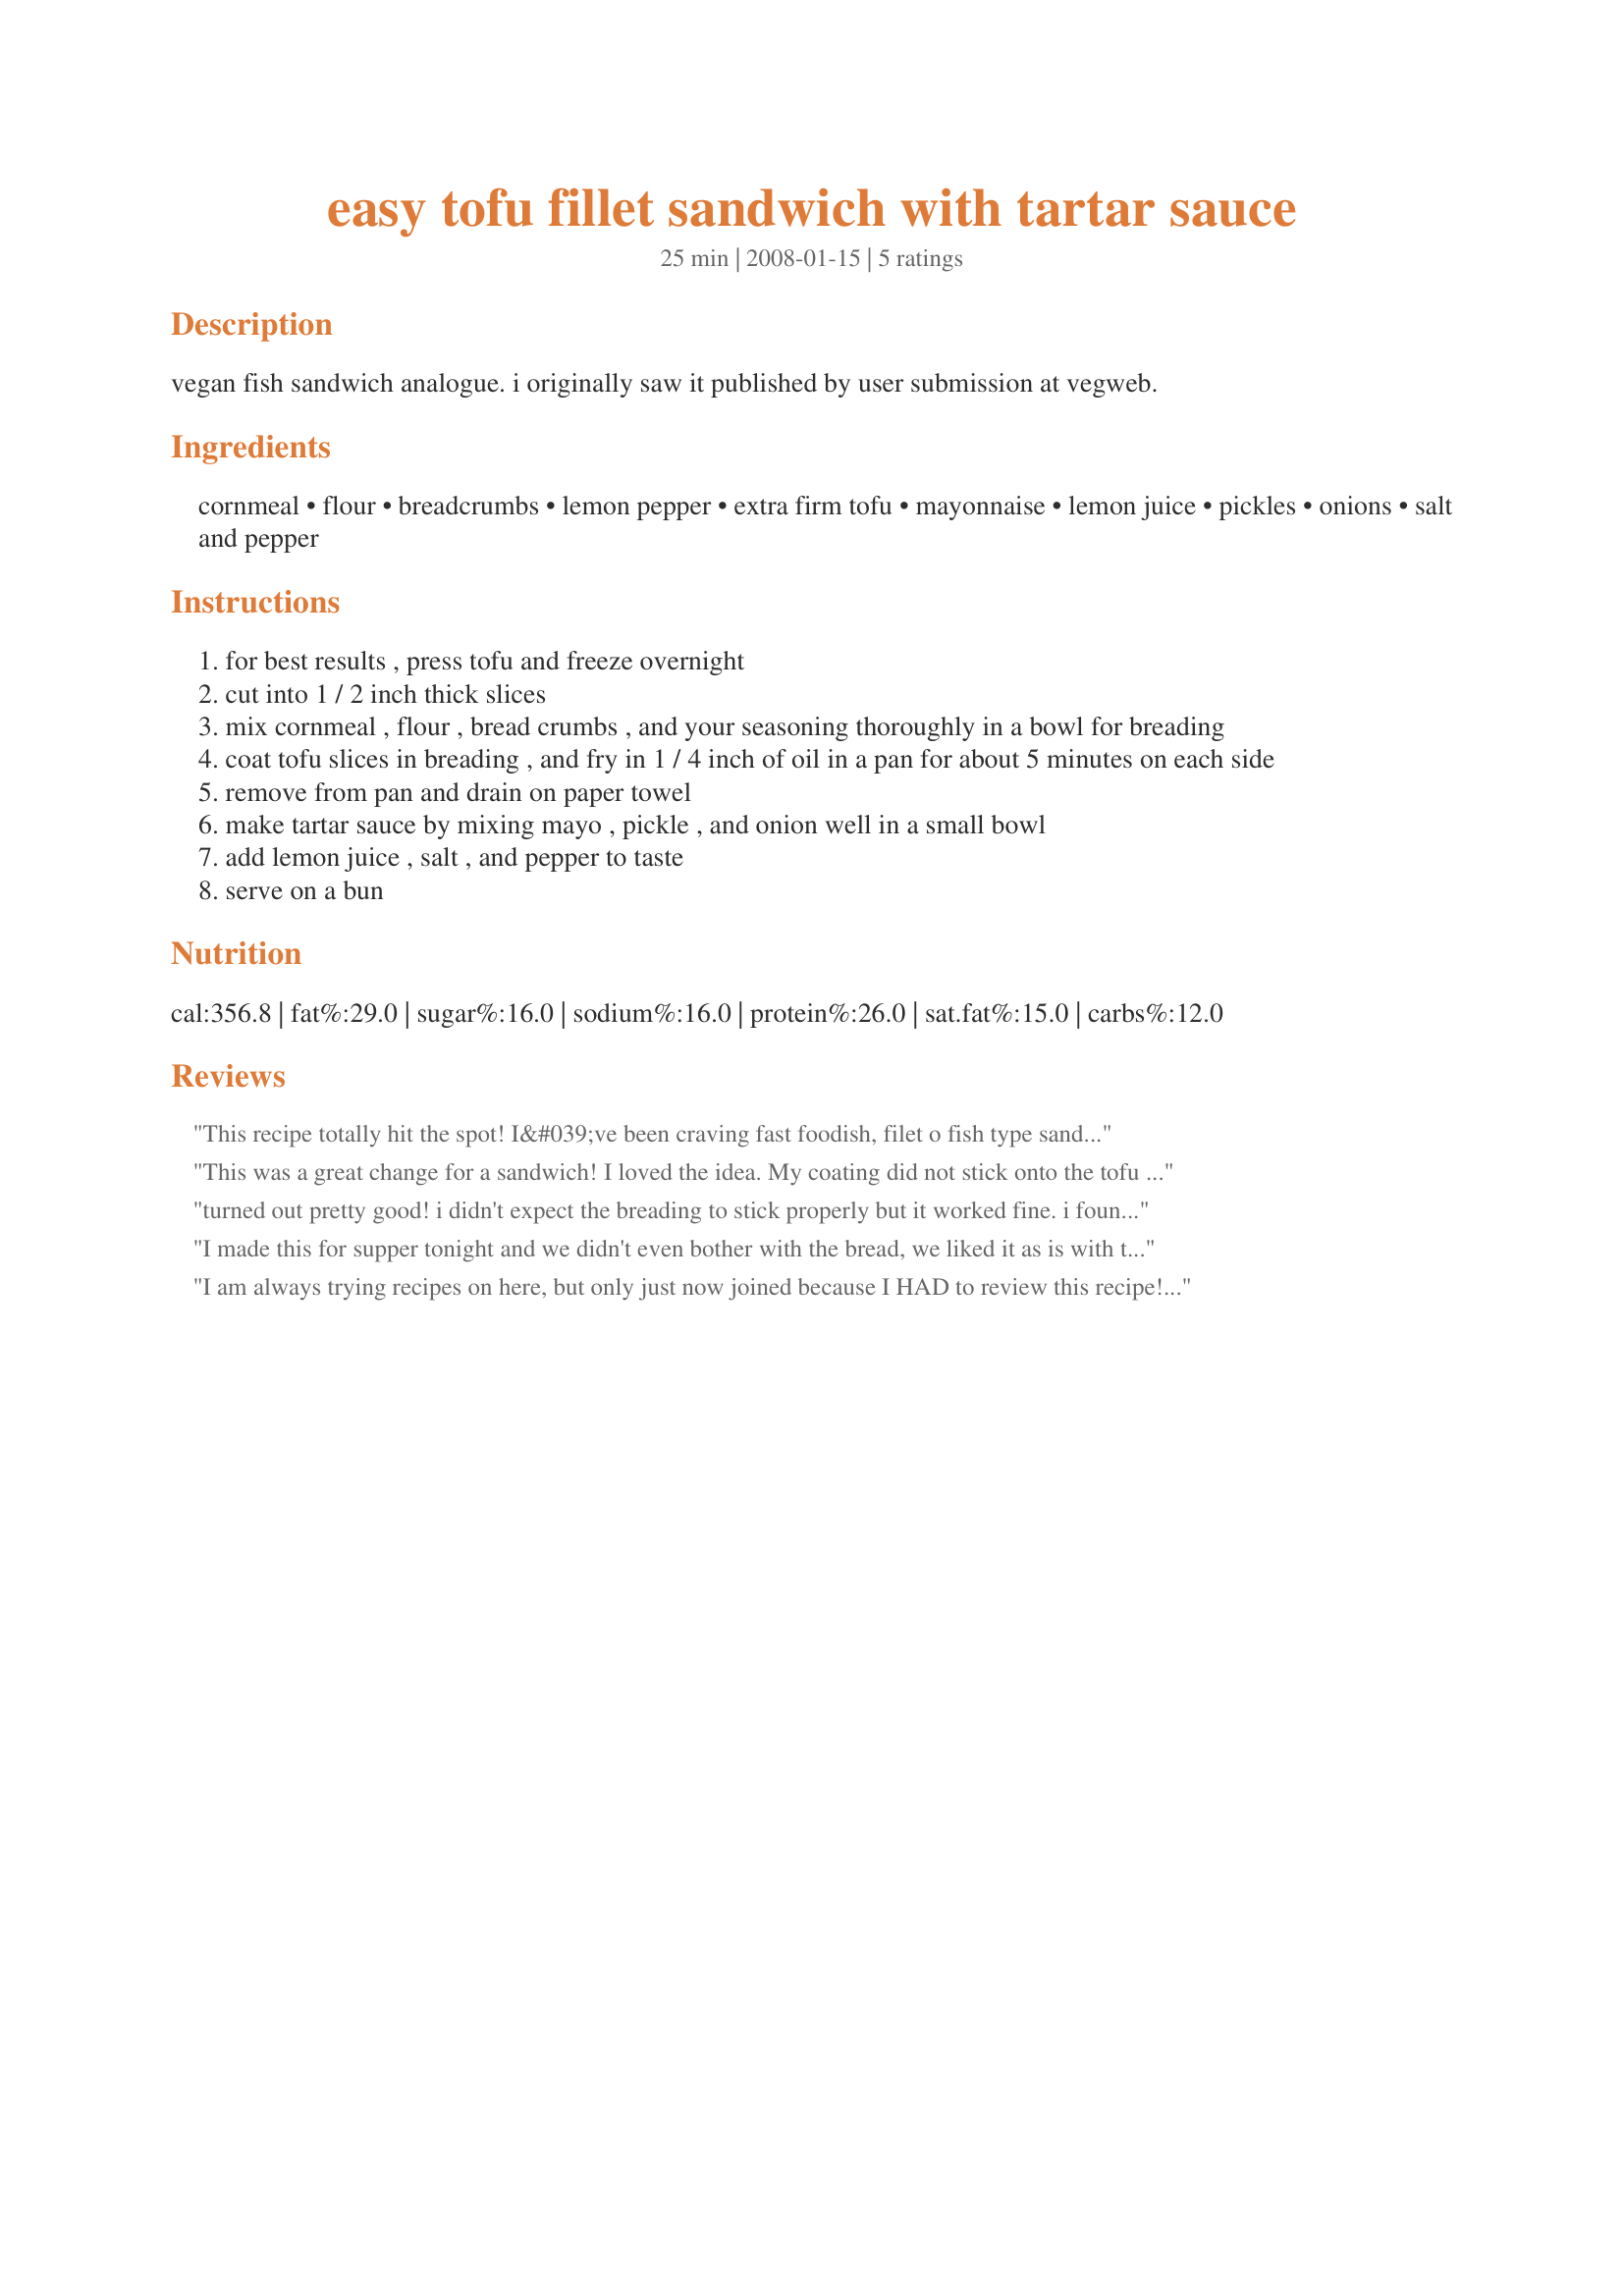
easy tofu fillet sandwich with tartar sauce
Preparation time: 25 minutes

vegan fish sandwich analogue. i originally saw it published by user submission at vegweb.

Ingredients:
cornmeal, flour, breadcrumbs, lemon pepper, extra firm tofu, mayonnaise, lemon juice, pickles, onions, salt and pepper

Steps:
for best results , press tofu and freeze overnight
cut into 1 / 2 inch thick slices
mix cornmeal , flour , bread crumbs , and your seasoning thoroughly in a bowl for breading
coat tofu slices in breading , and fry in 1 / 4 inch of oil in a pan for about 5 minutes on each side
remove from pan and drain on paper towel
make tartar sauce by mixing mayo , pickle , and onion well in a small bowl
add lemon juice , salt , and pepper to taste
serve on a bun

Reviews:
This recipe totally hit the spot! I&#039;ve been craving fast foodish, filet o fish type sandwich and this really satisfied my craving. I went ahead and seasoned the tofu with a bit of soy sauce as another reviewer had suggested, a healthy shake of of Penzy&#039;s Florida seasoning, and used panko bread crumbs to give it extra crunch. Loved the tarter sauce recipe which I made early in the day to let the flavors meld. Used the filets as a sandwich on a whole wheat bun, taters sauce and a piece of American cheese to complete the filet o fish experience. Thanks for posting the recipe, I&#039;ll be making it again.
This was a great change for a sandwich! I loved the idea. My coating did not stick onto the tofu as well as I hoped, but still turned out. These are great as is with the tartar sauce on on a bun.
turned out pretty good! i didn't expect the breading to stick properly but it worked fine. i found them a little bland so i dipped my tofu in soy sauce before breading. added just a touch more flavor that was really nice. very little tofu after taste, especially with tartar sauce. i just ate them on a plate for less carbs. not at all greasy tasting, would be easy to vary by adding more spices to the breading or marinading the tofu in spices/sauces/broth. oh ya, and i used half margarine half olive oil at about med temp. will certainly make again. thanks!
I made this for supper tonight and we didn't even bother with the bread, we liked it as is with the tarter sauce. My DH loved it and he's very particular about is food. Thanks for the delicious recipe!
I am always trying recipes on here, but only just now joined because I HAD to review this recipe! After being a most of the time vegan (and sometimes just a vegetarian) for 2 years, I decided that I felt like having something similar to seafood. Wow, oh wow! This hit the spot. I whipped up my own version of tartar sauce, but the tofu fillet is spot on. It was really very similar to the tons of fried fish I've eaten with my southern family over the years. I cut some pieces thicker and some thinner for a variety of textures. I put a few pieces of "fish" on a white roll and drizzled it with a lot of tartar sauce. Now if I can only stop nibbling on the leftover pieces so I can share in the food joy with my husband!
